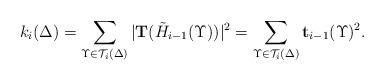
LaTeX: \begin{align*}k_{i}(\Delta)=\sum_{\Upsilon\in \mathcal{T}_{i}(\Delta)}{|\mathbf{T}(\tilde{H}_{i-1}(\Upsilon))|^2}=\sum_{\Upsilon\in \mathcal{T}_{i}(\Delta)}{\mathbf{t}_{i-1}(\Upsilon)^2}.\end{align*}